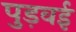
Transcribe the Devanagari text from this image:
पुड़वई